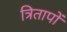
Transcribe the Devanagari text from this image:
त्रितापों